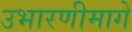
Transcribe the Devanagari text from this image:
उभारणीमागे